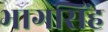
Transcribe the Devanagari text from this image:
भागसिंह